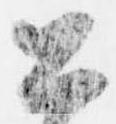
公